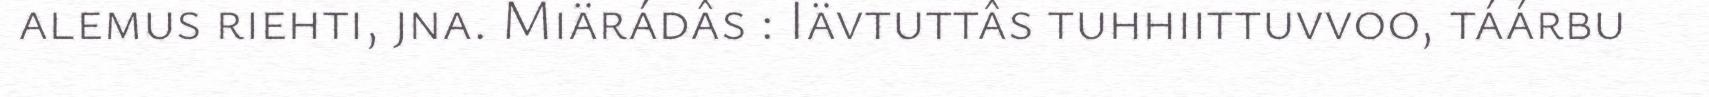
alemus riehti, jna. Miärádâs : Iävtuttâs tuhhiittuvvoo, táárbu